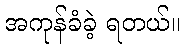
အကုန်ခံခဲ့ ရတယ်။